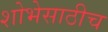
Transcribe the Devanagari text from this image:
शोभेसाठीच